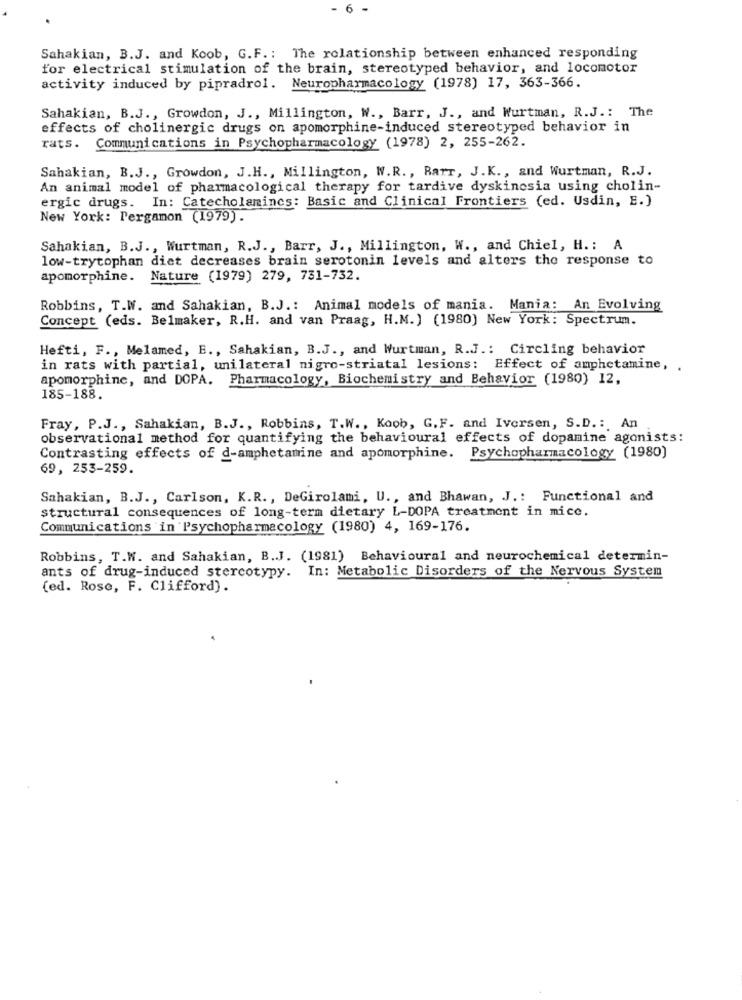
- 6 -
Sahakian, B.J. and Koob, G.F .: The relationship between enhanced responding
for electrical stimulation of the brain, stereotyped behavior, and locomotor
activity induced by pipradrol. Neuropharmacology (1978) 17, 363-366.
Sahakian, B.J ., Growdon, J ., Millington, W ., Barr, J ., and Wurtman, R.J .: The
effects of cholinergic drugs on apomorphine-induced stereotyped behavior in
Communications in Psychopharmacology (1978) 2, 255-262.
rats.
Sahakian, B.J ., Growdon, J.H ., Millington, W.R ., Rarr, J.K ., and Wurtman, R.J.
An animal model of pharmacological therapy for tardive dyskinesia using cholin-
ergic drugs. In: Catecholamincs: Basic and Clinical Frontiers (ed. Usdin, E.)
New York: Pergamon (1979).
Sahakian, B.J ., Wurtman, R.J ., Barr, J ., Millington, W ., and Chiel, H .: A
low-trytophan diet decreases brain serotonin levels and alters the response to
apomorphine.
Nature (1979) 279, 731-732.
Robbins, T.W. and Sahakian, B.J .: Animal models of mania. Mania: An Evolving
Concept (eds. Belmaker, R.H. and van Praag, H.M.) (1980) New York: Spectrum.
Hefti, F ., Melamed, E ., Sahakian, B.J ., and Wurtman, R.J .: Circling behavior
in rats with partial, unilateral nigro-striatal lesions: Effect of amphetamine, .
apomorphine, and DOPA. Pharmacology, Biochemistry and Behavior (1980) 12,
185-188.
Fray, P.J ., Sahakian, B.J ., Robbins, T.W ., Koob, G. F. and Iversen, S.D .: An
observational method for quantifying the behavioural effects of dopamine agonists:
Contrasting effects of d-amphetamine and apomorphine. Psychopharmacology (1980)
69, 253-259.
Sahakian, B.J ., Carlson, K.R. , DeGirolami, U ., and Bhawan, J .: Functional and
structural consequences of long-term dietary L-DOPA treatment in mice.
Communications in Psychopharmacology (1980) 4, 169-176.
Robbins, T.W. and Sahakian, B.J. (1981) Behavioural and neurochemical determin-
ants of drug-induced stercotypy. In: Metabolic Disorders of the Nervous System
(ed. Rose, F. Clifford).